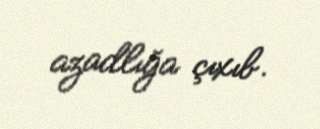
azadlığa çıxıb.